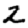
Digit: 2